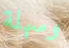
وسهلة